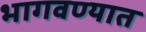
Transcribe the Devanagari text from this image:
भागवण्यात